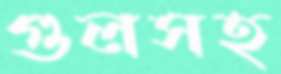
গুলসহ